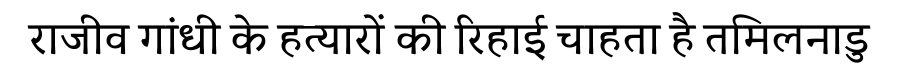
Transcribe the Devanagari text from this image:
राजीव गांधी के हत्यारों की रिहाई चाहता है तमिलनाडु